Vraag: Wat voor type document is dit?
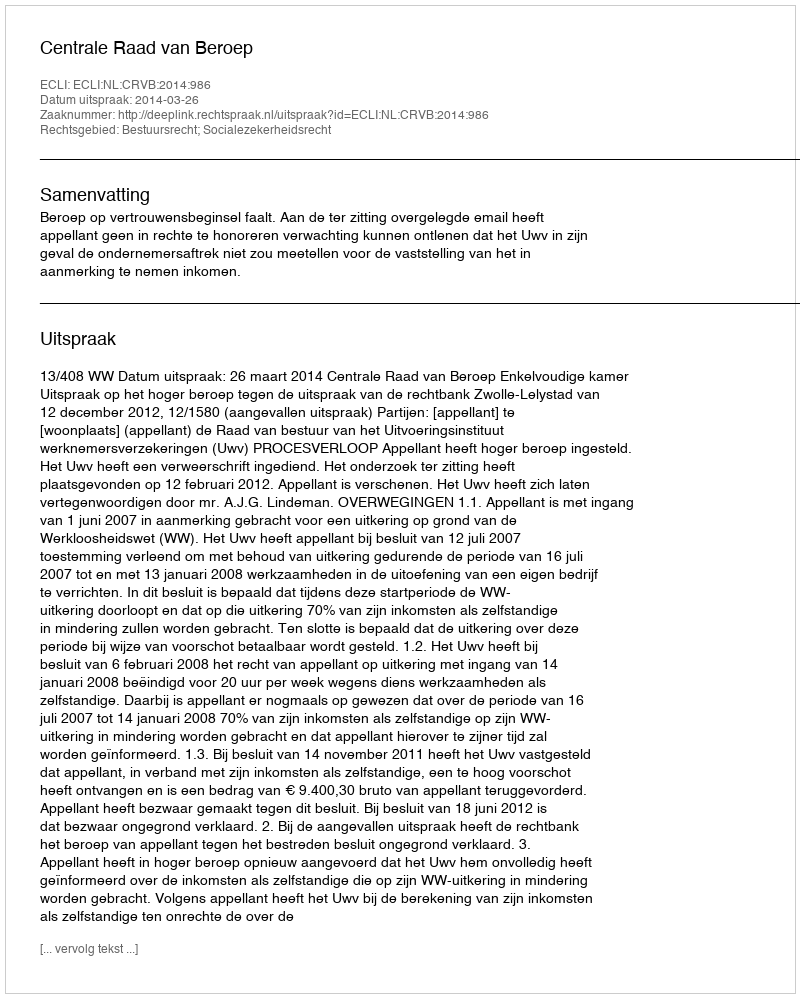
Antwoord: Uitspraak